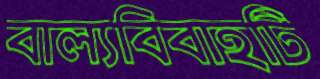
বাল্যবিবাহটি